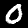
Digit: 0